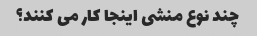
چند نوع منشی اینجا کار می کنند؟